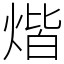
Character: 煯